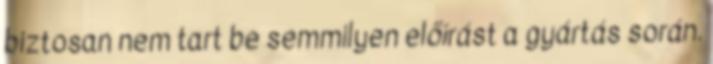
biztosan nem tart be semmilyen előírást a gyártás során.